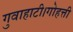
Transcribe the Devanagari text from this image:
गुवाहाटी।गोहत्ती